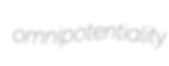
omnipotentiality